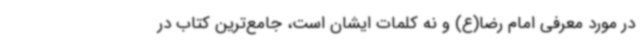
در مورد معرفی امام رضا(ع) و نه کلمات ایشان است، جامع‌ترین کتاب در